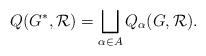
LaTeX: \begin{align*}Q(G^*,{\cal R}) = \bigsqcup_{\alpha \in A} Q_{\alpha}(G,{\cal R}).\end{align*}